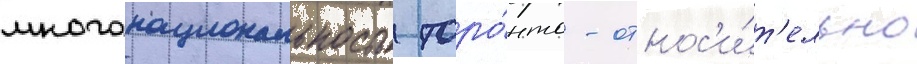
многонациональность торо́нто - относ'и́т'ельно